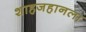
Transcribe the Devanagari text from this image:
शाहजहानला